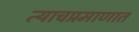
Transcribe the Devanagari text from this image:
त्याचप्रमाणात